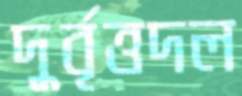
দুর্বৃত্তদল